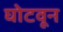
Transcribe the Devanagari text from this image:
घोटवून